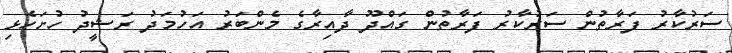
ސަރުކާރު ފަރާތުން ސަރުކާރު ފަރާތުން ގައްދޫ ދާއިރާގެ މެންބަރު އަހުމަދު ރަޝީދު ހުށަހެޅި